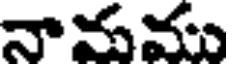
నామము